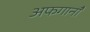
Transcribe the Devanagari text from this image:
अफगानाँं